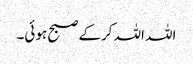
اللہ اللہ کرکے صبح ہوئی۔